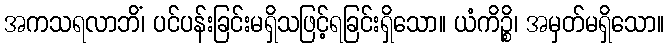
အကသရလာဘိံ၊ ပင်ပန်းခြင်းမရှိသဖြင့်ရခြင်းရှိသော။ ယံကိဉ္စိ၊ အမှတ်မရှိသော။